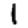
Digit: 1